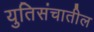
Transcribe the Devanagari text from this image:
युतिसंचातील